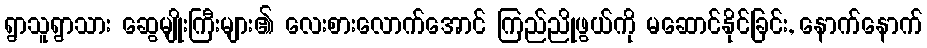
ရွာသူရွာသား ဆွေမျိုးကြီးများ၏ လေးစားလောက်အောင် ကြည်ညိုဖွယ်ကို မဆောင်နိုင်ခြင်း, နောက်နောက်